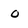
Character: O